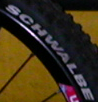
SCHWALBE